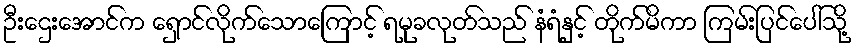
ဦးဌေးအောင်က ရှောင်လိုက်သောကြောင့် ရမုခလုတ်သည် နံရံနှင့် တိုက်မိကာ ကြမ်းပြင်ပေါ်သို့